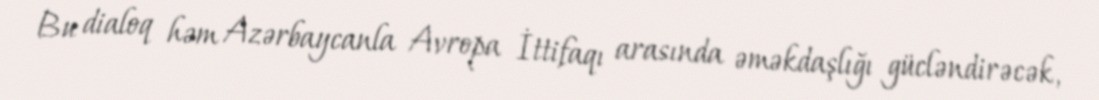
Bu dialoq həm Azərbaycanla Avropa İttifaqı arasında əməkdaşlığı gücləndirəcək,